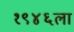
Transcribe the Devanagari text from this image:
१९४६ला